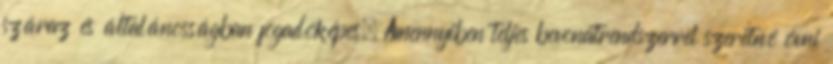
száraz és általánosságban fogadóképes. Amennyiben teljes bevonatrendszerrel szeretné óvni